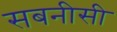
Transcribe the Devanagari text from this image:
सबनीसी